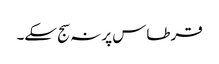
قرطاس پر نہ سج سکے۔